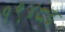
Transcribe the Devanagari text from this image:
१९४८इ